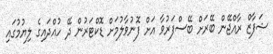
ޝަފާޒް ރާއްޖޭން ބޭރަށް ބޭސްފަރުވާ އަށް ފޮނުވާލުމަށް ޑޮކްޓަރުން ދޭ ހުއްދައިގެ ލިޔުމުގައި